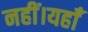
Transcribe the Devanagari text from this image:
नहीं।यहाँ